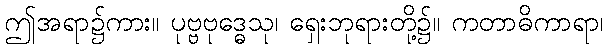
ဤအရာ၌ကား။ ပုဗ္ဗဗုဒ္ဓေသု၊ ရှေးဘုရားတို့၌။ ကတာဓိကာရာ၊